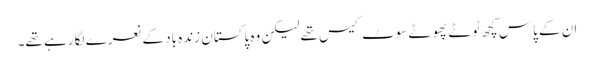
ان کے پاس کچھ ٹوٹے پھوٹے سوٹ کیس تھے لیکن وہ پاکستان زندہ باد کے نعرے لگا رہے تھے۔